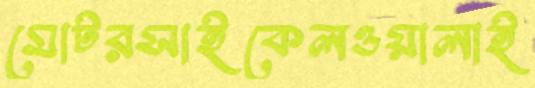
মোটরসাইকেলওয়ালাই